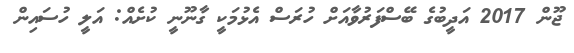
ޖޫން 2017 އަދީބުގެ ބޭސްފަރުވާއަށް ހުރަސް އެޅުމަކީ ގާނޫނީ ކުށެއް: އަލީ ހުސައިން